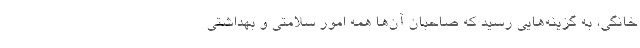
خانگی، به گزینه‌هایی رسید که صاحبان آن‌ها همه امور سلامتی و بهداشتی